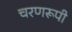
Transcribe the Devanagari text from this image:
चरणरूपी